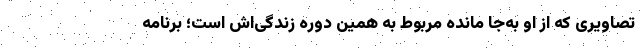
تصاویری که از او به‌جا مانده مربوط به همین دوره زندگی‌اش است؛ برنامه